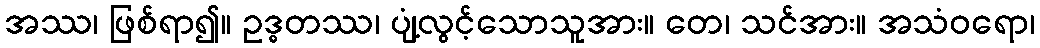
အဿ၊ ဖြစ်ရာ၍။ ဥဒ္ဓတဿ၊ ပျံ့လွင့်သောသူအား။ တေ၊ သင်အား။ အသံဝရော၊